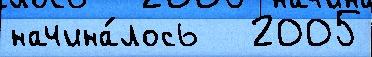
начина́лось   2005